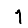
Digit: 1